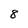
Character: 8